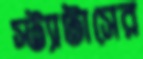
স্ট্যাটাসের